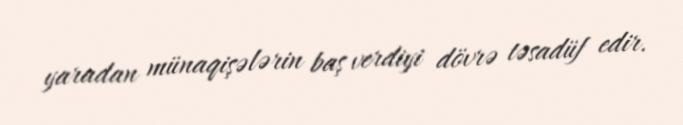
yaradan münaqişələrin baş verdiyi dövrə təsadüf edir.